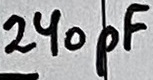
Text: 240pF